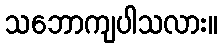
သဘောကျပါသလား။